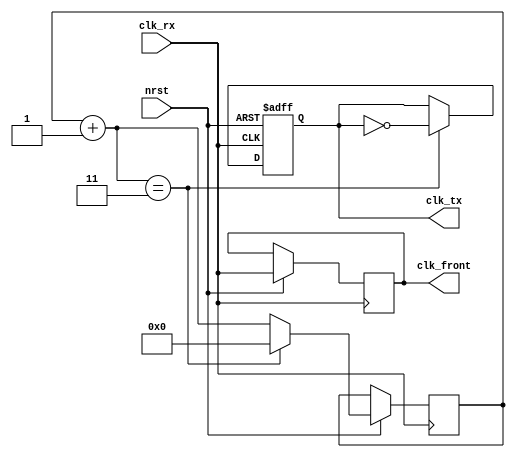
module divider(
input      	nrst,
input  		clk_rx,
output reg 	clk_tx,
output reg	clk_front
);

  reg	[11:0]	millis_counter;

 always @ (posedge clk_rx or negedge nrst) begin
   if ( ~nrst ) 	begin
     clk_tx <= 1'b0;
   end
   else
	
	if	( clk_rx )	begin
		clk_front <= clk_rx;
		millis_counter = millis_counter + 1;
		
		if ( millis_counter == 12'd3 )	begin
		clk_tx <= ~clk_tx;
		millis_counter <= 12'd0;
		end
   end
 end

endmodule